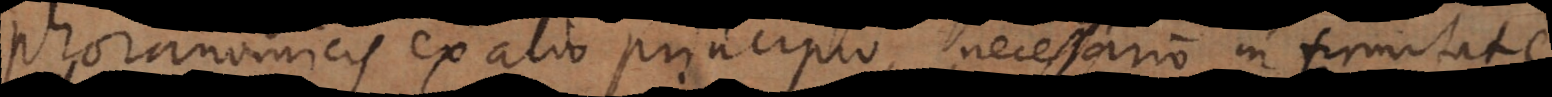
Phoranomicis ex alio principio, necessario in firmitate